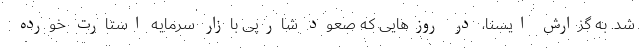
شد. به گزارش ایسنا، در روزهایی که صعود شارپی بازار سرمایه استارت خورده